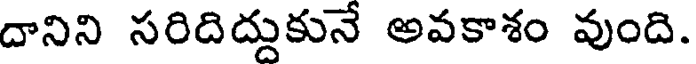
దానిని సరిదిద్దుకునే అవకాశం వుంది.